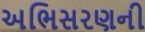
અભિસરણની